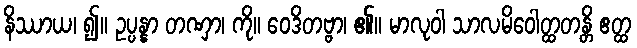
နိဿာယ၊ ၍။ ဥပ္ပန္နာ တဏှာ၊ ကို။ ဝေဒိတဗ္ဗာ၊ ၏။ မာလုဝါ သာလမိဝေါတ္ထတန္တိ ဧတ္ထ